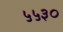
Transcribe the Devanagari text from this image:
५५३०